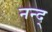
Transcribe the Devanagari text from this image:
नन्द्